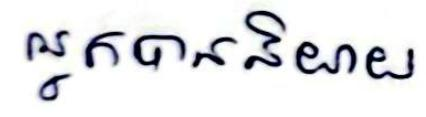
អ្នកបាននិយាយ